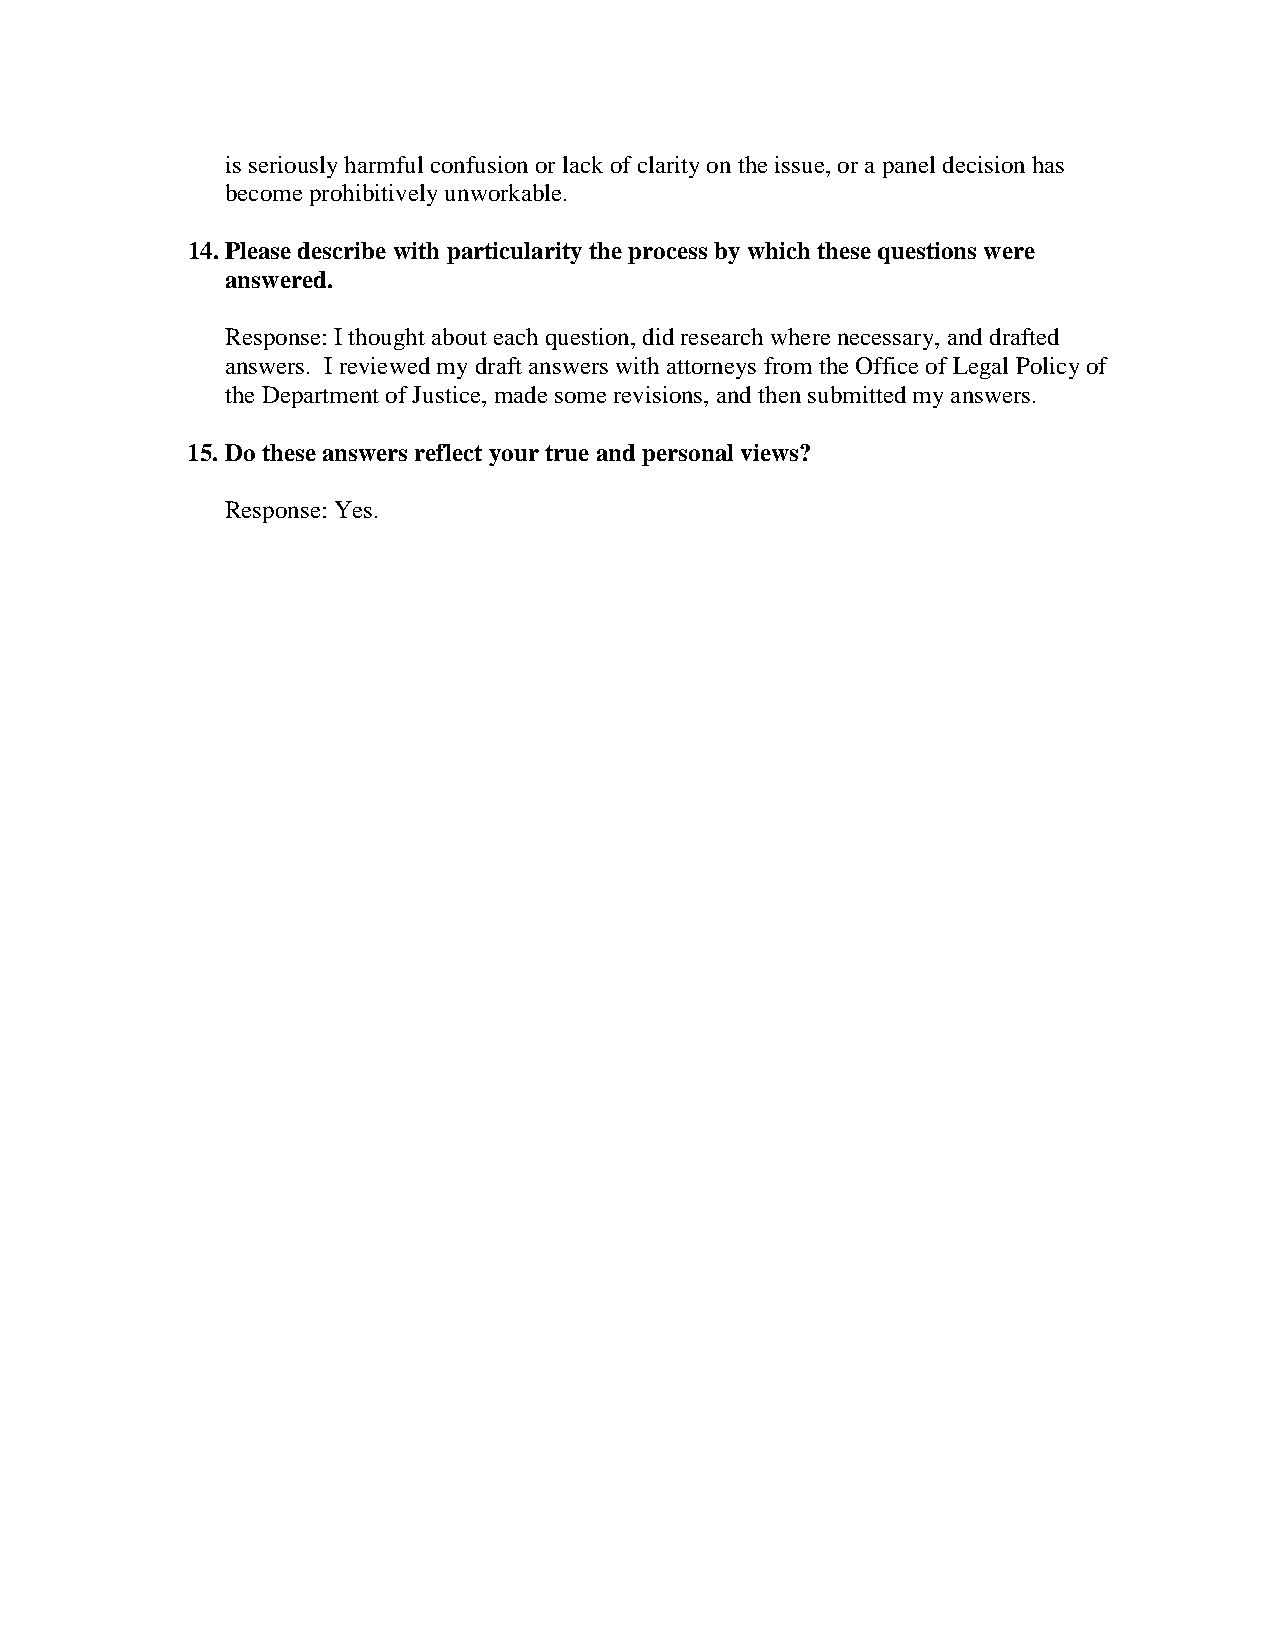
is seriously harmful confusion or lack of clarity on the issue, or a panel decision has
 become prohibitively unworkable.
 14. Please describe with particularity the process by which these questions were
 answered.
 Response: I thought about each question, did research where necessary, and drafted
 answers. I reviewed my draft answers with attorneys from the Office of Legal Policy of
 the Department of Justice, made some revisions, and then submitted my answers.
 15. Do these answers reflect your true and personal views?
 Response: Yes.